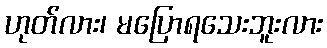
ဟုတ်လား၊ မပြောရသေးဘူးလား